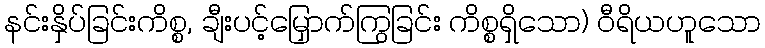
နင်းနှိပ်ခြင်းကိစ္စ, ချီးပင့်မြှောက်ကြွခြင်း ကိစ္စရှိသော) ဝီရိယဟူသော